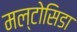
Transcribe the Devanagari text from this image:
मल्टोसिडा